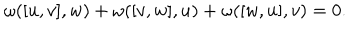
LaTeX: \omega ( [ u , v ] , w ) + \omega ( [ v , w ] , u ) + \omega ( [ w , u ] , v ) = 0 .